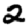
Digit: 2